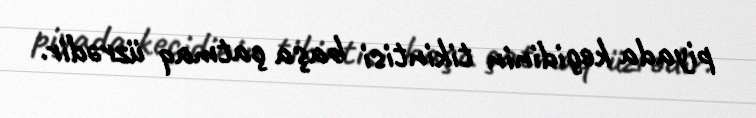
piyada keçidinin tikintisi başa çatmaq üzrədir.